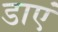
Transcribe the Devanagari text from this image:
डाएं